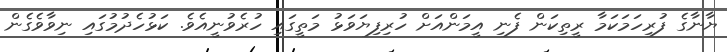
ޔާނާގެ ފުރިހަމަކަމާ ރީތިކަން ފެނި އީމަންއަށް ހުރިފިޔަވަޅު މަތީގައި ހުރެވުނީއެވެ. ކަޅުހެދުމުގައި ނިވާވެގެން